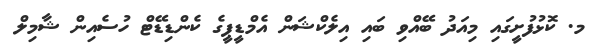
މ. ކޮޅުފުށީގައި މިއަދު ބޭއްވި ބައި އިލެކްޝަން އެމްޑީޕީގެ ކެންޑިޑޭޓް ހުސެއިން ޝާމިލް